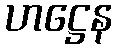
ဟဋ္ဌေန